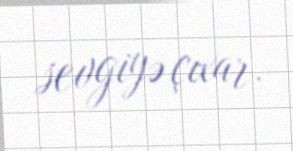
sevgiyə çıxar.